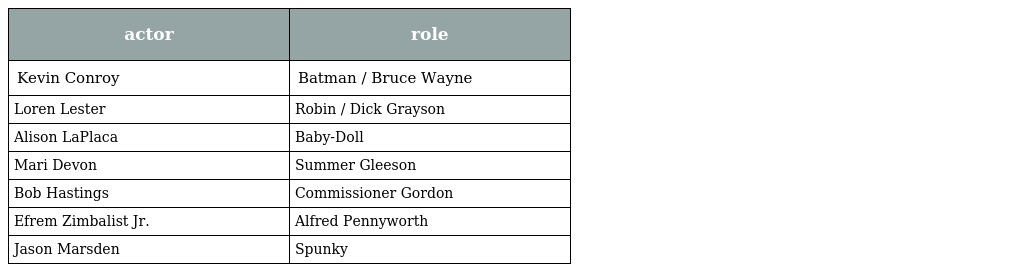
| actor | role |
 | --- | --- |
 | Kevin Conroy | Batman / Bruce Wayne |
 | Loren Lester | Robin / Dick Grayson |
 | Alison LaPlaca | Baby-Doll |
 | Mari Devon | Summer Gleeson |
 | Bob Hastings | Commissioner Gordon |
 | Efrem Zimbalist Jr. | Alfred Pennyworth |
 | Jason Marsden | Spunky |